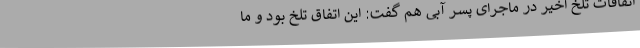
اتفاقات تلخ اخیر در ماجرای پسر آبی هم گفت: این اتفاق تلخ بود و ما